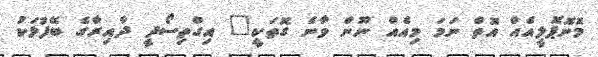
މޮނޮޕޮލީއެއް އޮތް ނަމަ މިއެއް ނޫން ވާނެ ގޮތަކީ" އިގްތިސޯދީ ދާއިރާގެ ބޭފުޅަކު